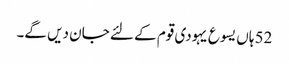
52 ہاں یسوع یہودی قوم کے لئے جان دیں گے۔